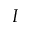
I